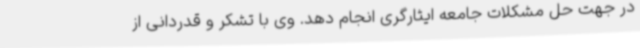
در جهت حل مشکلات جامعه ایثارگری انجام دهد. وی با تشکر و قدردانی از